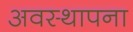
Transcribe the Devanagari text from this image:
अवस्‍थापना